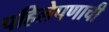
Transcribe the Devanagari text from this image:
पहिलेपणाची